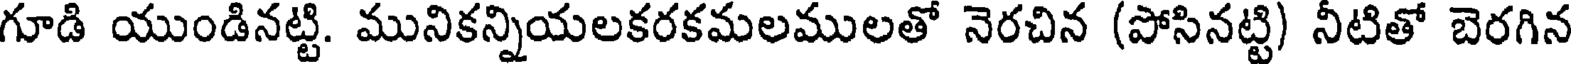
గూడి యుండినట్టి. మునికన్నియలకరకమలములతో నెరచిన (పోసినట్టి) నీటితో బెరగిన